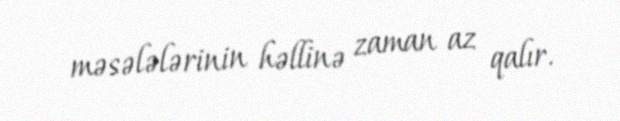
məsələlərinin həllinə zaman az qalır.